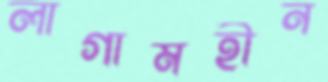
লাগামহীন